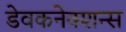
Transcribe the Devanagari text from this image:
डेवकनेक्शन्स